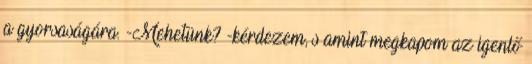
a gyorsaságára. -Mehetünk? -kérdezem, s amint megkapom az igenlő